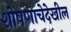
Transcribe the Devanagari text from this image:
शोषणाचेदेखील